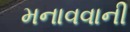
મનાવવાની